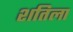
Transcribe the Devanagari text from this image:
शतिला